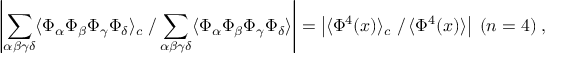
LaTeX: \left| \sum _ { \alpha \beta \gamma \delta } \langle \Phi _ { \alpha } \Phi _ { \beta } \Phi _ { \gamma } \Phi _ { \delta } \rangle _ { c } \left. \right/ \sum _ { \alpha \beta \gamma \delta } \langle \Phi _ { \alpha } \Phi _ { \beta } \Phi _ { \gamma } \Phi _ { \delta } \rangle \right| = \left| \langle \Phi ^ { 4 } ( x ) \rangle _ { c } \left. \right/ \langle \Phi ^ { 4 } ( x ) \rangle \right| \; ( n = 4 ) \; ,